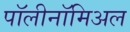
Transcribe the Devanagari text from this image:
पॉलीनॉमिअल